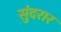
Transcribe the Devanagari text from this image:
सुंदरार